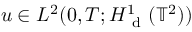
u \in L ^ { 2 } ( 0 , T ; H _ { \mathrm { ~ d ~ } } ^ { 1 } ( \mathbb { T } ^ { 2 } ) )